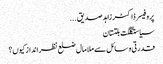
پروفیسر ڈاکٹر زاہدصدیق ...
سیاستگلگت بلتستان
قدرتی وسائل سے ملامال ضلع نظر انداز کیوں؟